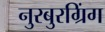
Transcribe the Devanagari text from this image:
नुरबुरग्रिंग